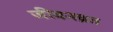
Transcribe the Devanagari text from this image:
जीवनव्रत